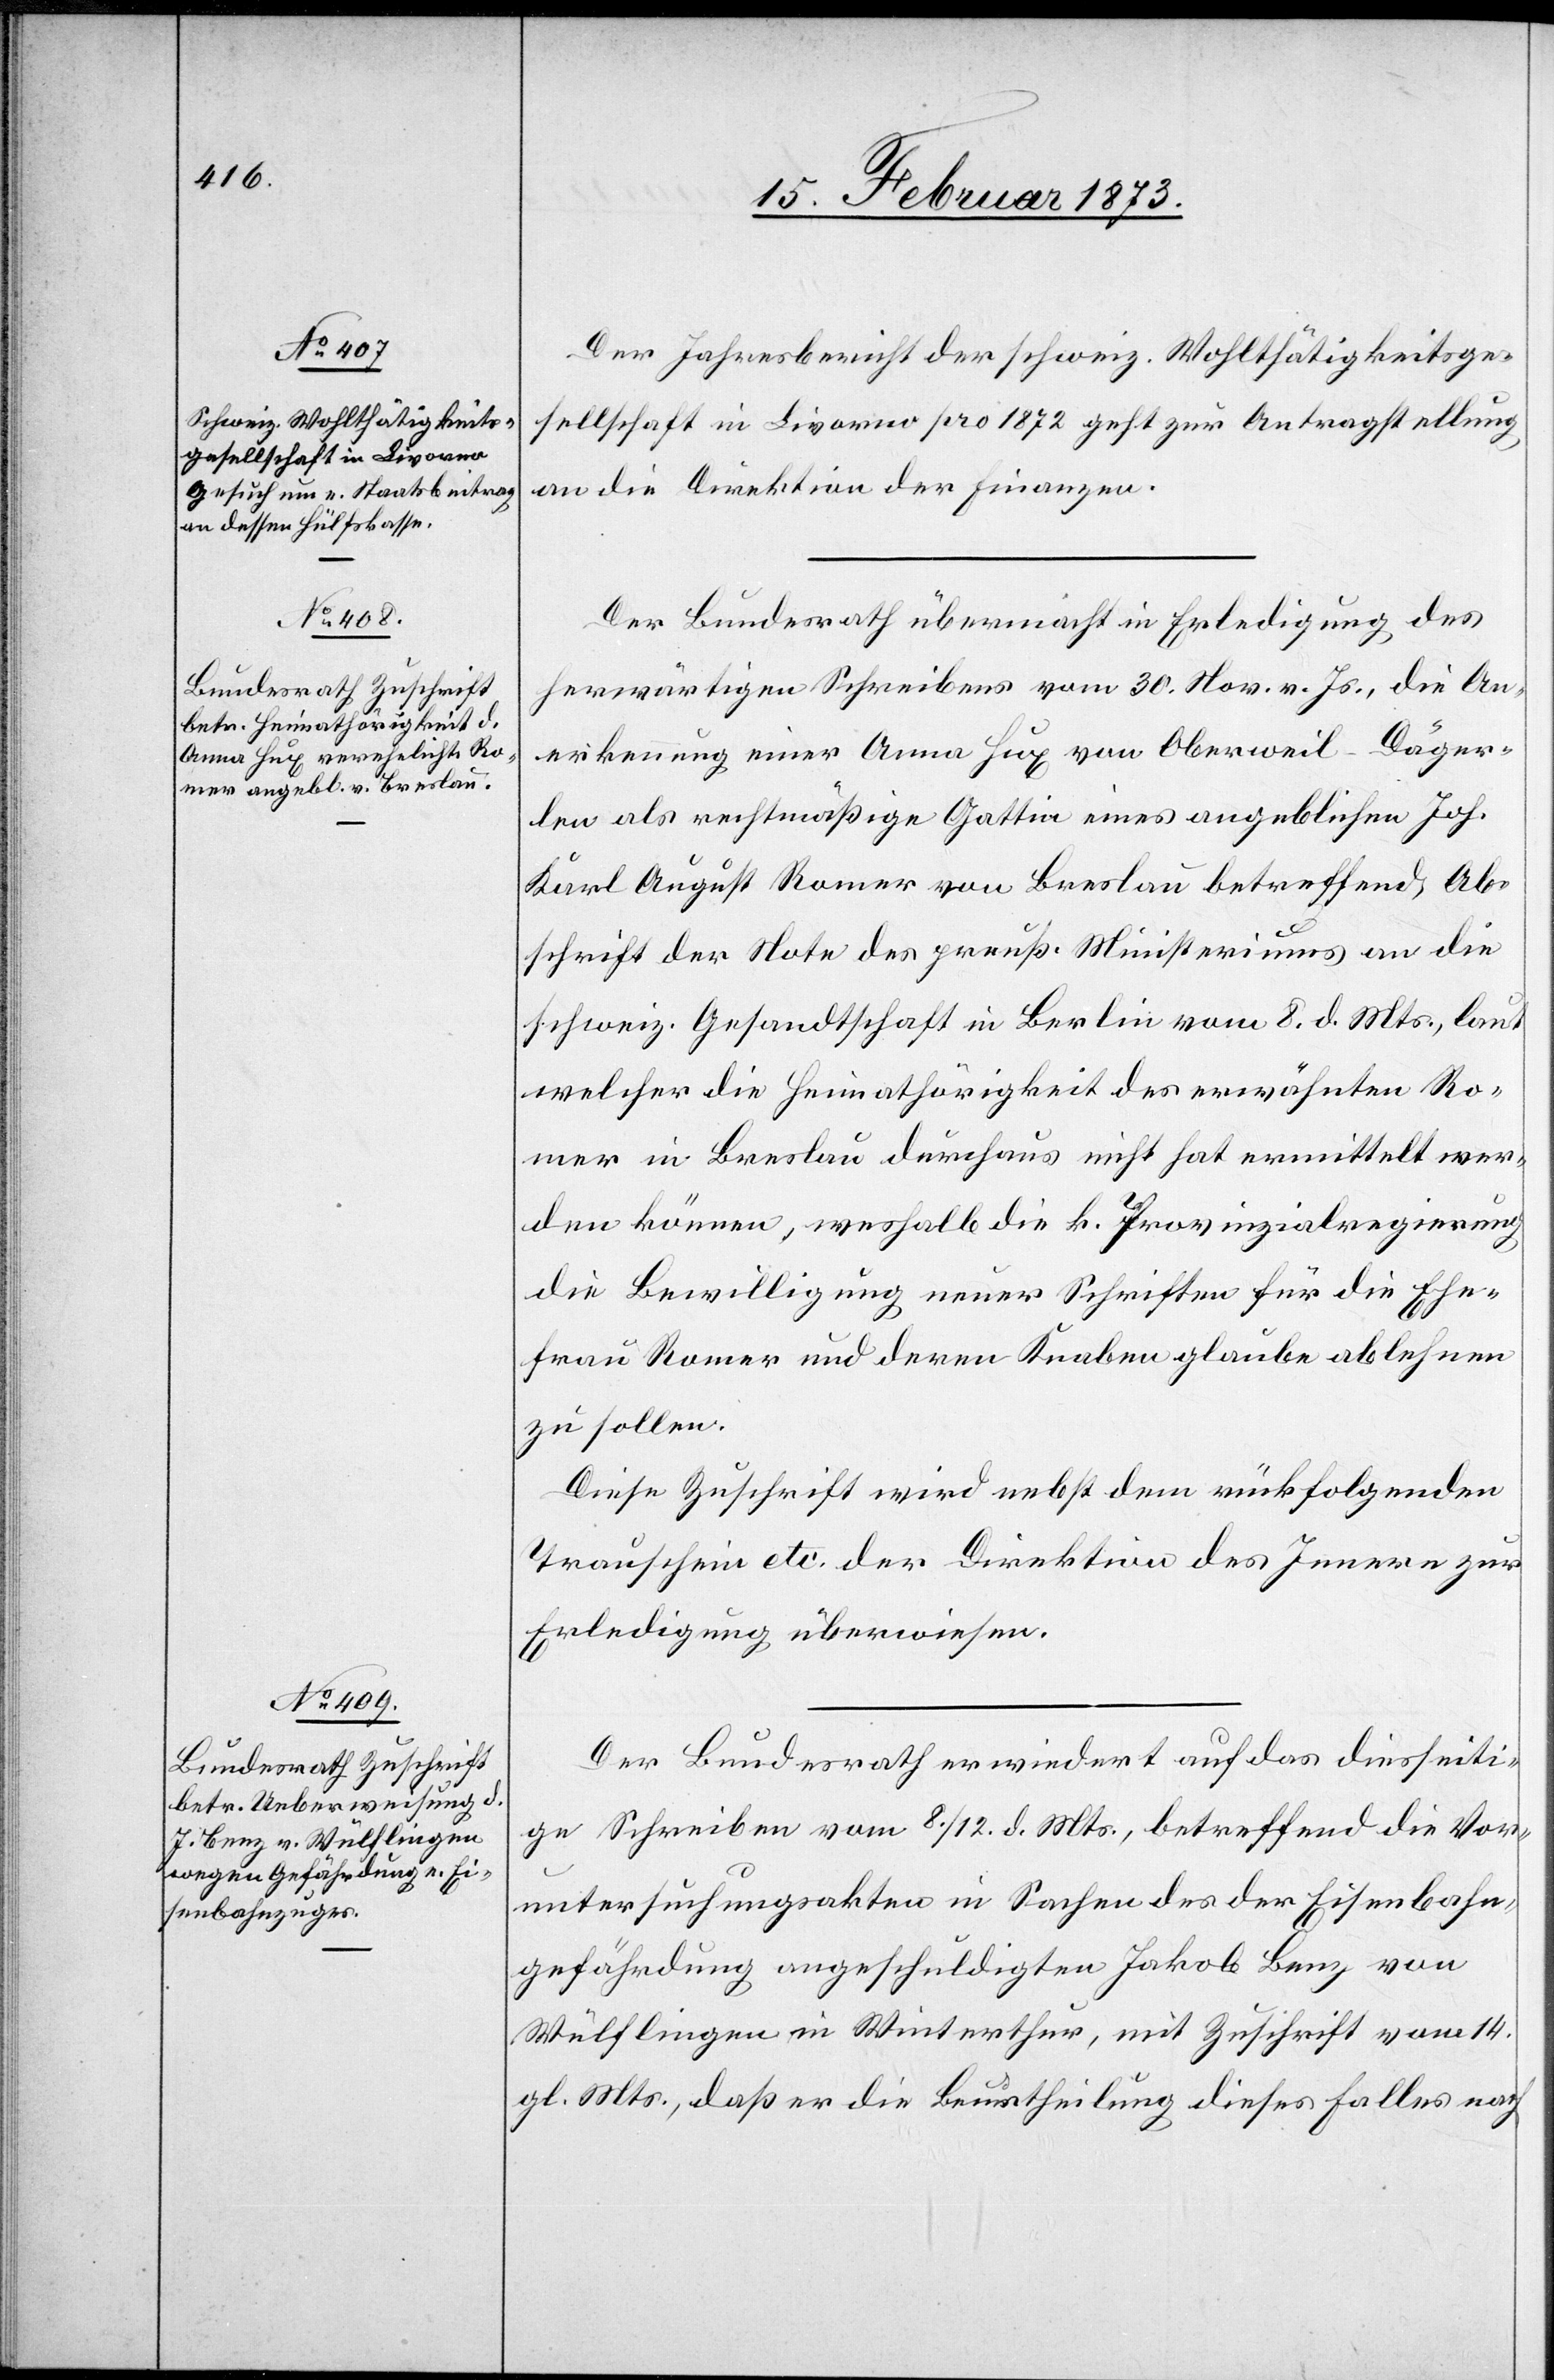
17. Februar 1873.]
Der Jahresbericht der schweiz. Wohlthätigkeitsge¬
sellschaft in Livorno pro 1872 geht zur Antragstellung
an die Direktion der Finanzen.
Der Bundesrath übermacht in Erledigung des
herwärtigen Schreibens vom 30. Nov. v. Js., die An¬
erkennung einer Anna Hux von Oberweil-Däger¬
len als rechtmäßige Gattin eines angeblichen Joh.
Karl August Romer von Breslau betreffend Ab¬
schrift der Note des preuß. Ministeriums an die
schweiz. Gesandtschaft in Berlin vom 8. d. Mts., laut
welcher die Heimathörigkeit der erwähnten Ro¬
mer in Breslau durchaus nicht hat ermittelt wer¬
den können, weshalb die k. Provinzialregierung
die Bewilligung neuer Schriften für die Ehe¬
frau Romer und deren Knaben glaube ablehnen
zu sollen.
Diese Zuschrift wird nebst dem rückfolgenden
Trauschein etc. der Direktion des Innern zur
Erledigung überwiesen.
Der Bundesrath erwiedert auf das diesseiti¬
ge Schreiben vom 8./12. d. Mts., betreffend die Vor¬
untersuchungsakten in Sachen des der Eisenbahn¬
gefährdung angeschuldigten Jakob Benz von
Wülflingen in Winterthur, mit Zuschrift vom 14.
gl Mts., daß er die Beurtheilung dieses Falles nach